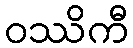
ဝဿိကီ